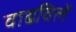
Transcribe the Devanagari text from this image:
वाढविलें